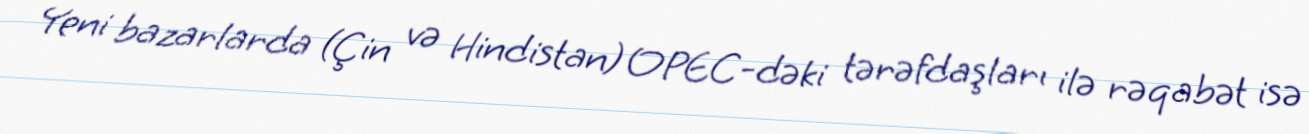
Yeni bazarlarda (Çin və Hindistan) OPEC-dəki tərəfdaşları ilə rəqabət isə